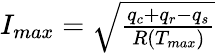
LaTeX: \begin{array}{r}{I_{max}=\sqrt{\frac{q_{c}+q_{r}-q_{s}}{R(T_{max})}}}\end{array}